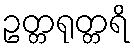
ဥတ္တရုတ္တရိ